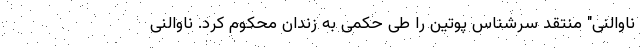
ناوالنی" منتقد سرشناس پوتین را طی حکمی به زندان محکوم کرد. ناوالنی